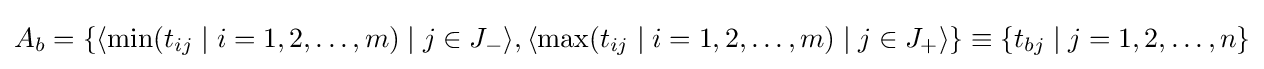
A_{b}=\{\langle \min(t_{ij}\mid i=1,2,\ldots ,m)\mid j\in J_{-}\rangle ,\langle \max(t_{ij}\mid i=1,2,\ldots ,m)\mid j\in J_{+}\rangle \rbrace \equiv \{t_{bj}\mid j=1,2,\ldots ,n\rbrace